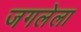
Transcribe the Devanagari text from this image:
जगलेला